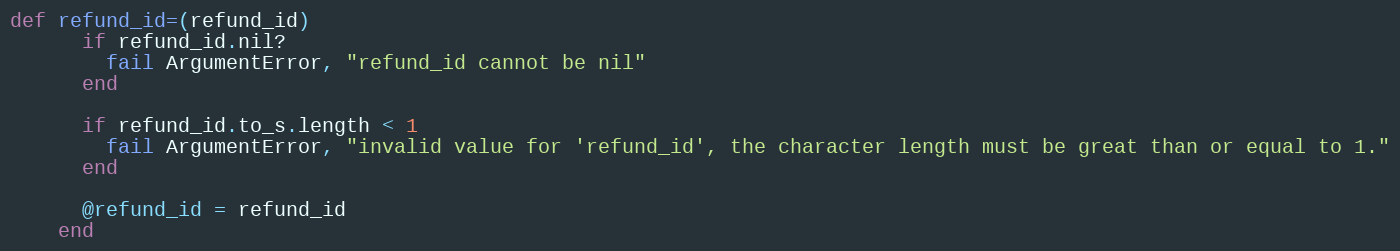
Language: Ruby
def refund_id=(refund_id)
      if refund_id.nil?
        fail ArgumentError, "refund_id cannot be nil"
      end

      if refund_id.to_s.length < 1
        fail ArgumentError, "invalid value for 'refund_id', the character length must be great than or equal to 1."
      end

      @refund_id = refund_id
    end